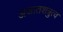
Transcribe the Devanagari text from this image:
अजातशत्रुत्व